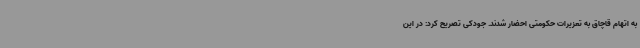
به اتهام قاچاق به تعزیرات حکومتی احضار شدند. جودکی تصریح کرد: در این